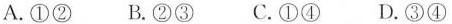
A.①② B.②③ C.①④ D.③④